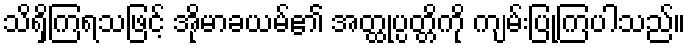
သိရှိကြရသဖြင့် အိုမာခယမ်၏ အတ္ထုပ္ပတ္တိကို ကျမ်းပြုကြပါသည်။